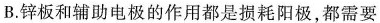
B.锌板和辅助电极的作用都是损耗阳极，都需要